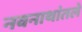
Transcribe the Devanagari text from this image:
नवनाथांतले